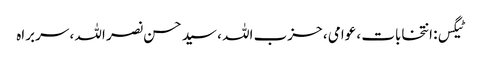
ٹیگس: انتخابات ، عوامی ، حزب اللہ ، سید حسن نصر اللہ ، سربراہ